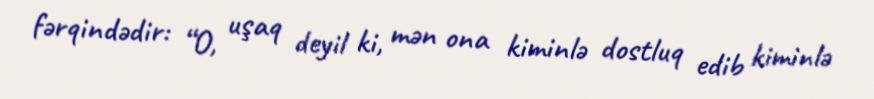
fərqindədir: “O, uşaq deyil ki, mən ona kiminlə dostluq edib kiminlə